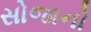
સોજાનો